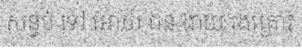
សន្ធប់ ទៅ អោយ ជន ងាយ រងគ្រោះ